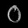
Digit: ၀